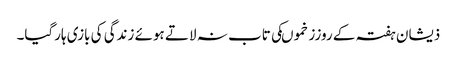
ذیشان ہفتہ کے روززخموںکی تاب نہ لاتے ہوئے زندگی کی بازی ہارگیا۔